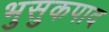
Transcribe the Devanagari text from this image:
भुसुकपाद